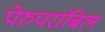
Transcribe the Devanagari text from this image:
पेरुपरांबिल